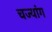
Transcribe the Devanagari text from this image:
चज्यांग